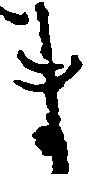
ま